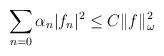
LaTeX: \begin{align*} \sum_{n=0} \alpha_n|f_n|^2 \leq C \|f\|^2_\omega\end{align*}